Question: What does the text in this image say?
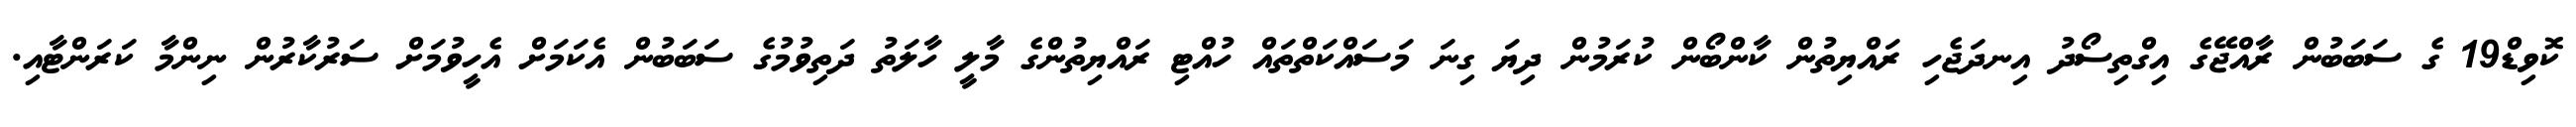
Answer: ކޮވިޑް19 ގެ ސަބަބުން ރާއްޖޭގެ އިގްތިސޯދު އިނދަޖެހި ރައްޔިތުން ކާންބޯން ކުރަމުން ދިޔަ ގިނަ މަސައްކަތްތައް ހުއްޓި ރައްޔިތުންގެ މާލީ ހާލަތު ދަތިވުމުގެ ސަބަބުން އެކަމަށް އެހީވުމަށް ސަރުކާރުން ނިންމާ ކަރަންޓާއި.